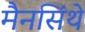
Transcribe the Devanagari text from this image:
मैनसिंथे